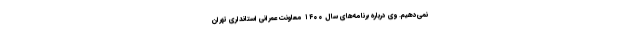
نمی‌دهیم. وی درباره برنامه‌های سال ۱۴۰۰ معاونت عمرانی استانداری تهران